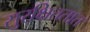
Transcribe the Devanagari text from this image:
सुरक्षिततात